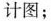
计图；